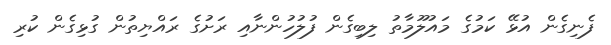
ފެނިގެން އުޅޭ ކަމުގެ މައުލޫމާތު ލިބިގެން ފުލުހުންނާއި ރަށުގެ ރައްޔިތުން ގުޅިގެން ކުރި